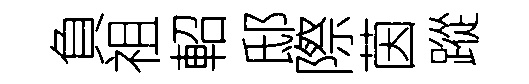
負祖軺邸際茵蹤